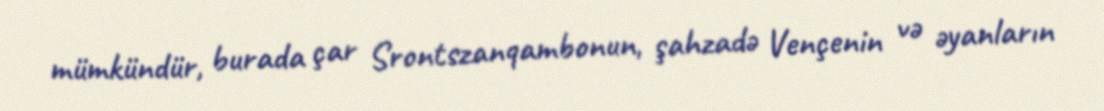
mümkündür, burada çar Srontszanqambonun, şahzadə Vençenin və əyanların